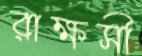
রাক্ষসী